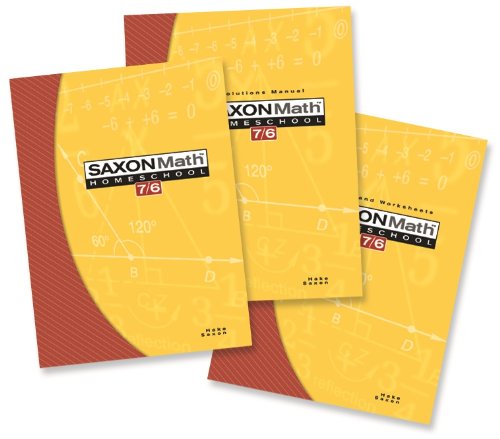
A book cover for Saxon Math 7/6: Homeschool Set/Box; SAXON PUBLISHERS; Education & Teaching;